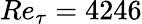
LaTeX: Re_{\tau}=4246